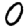
Digit: 0